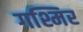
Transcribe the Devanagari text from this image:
गश्मिर